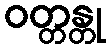
ဝတ္တန္တု